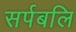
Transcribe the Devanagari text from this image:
सर्पबलि